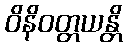
ဝိနိဝတ္တယန္တိ